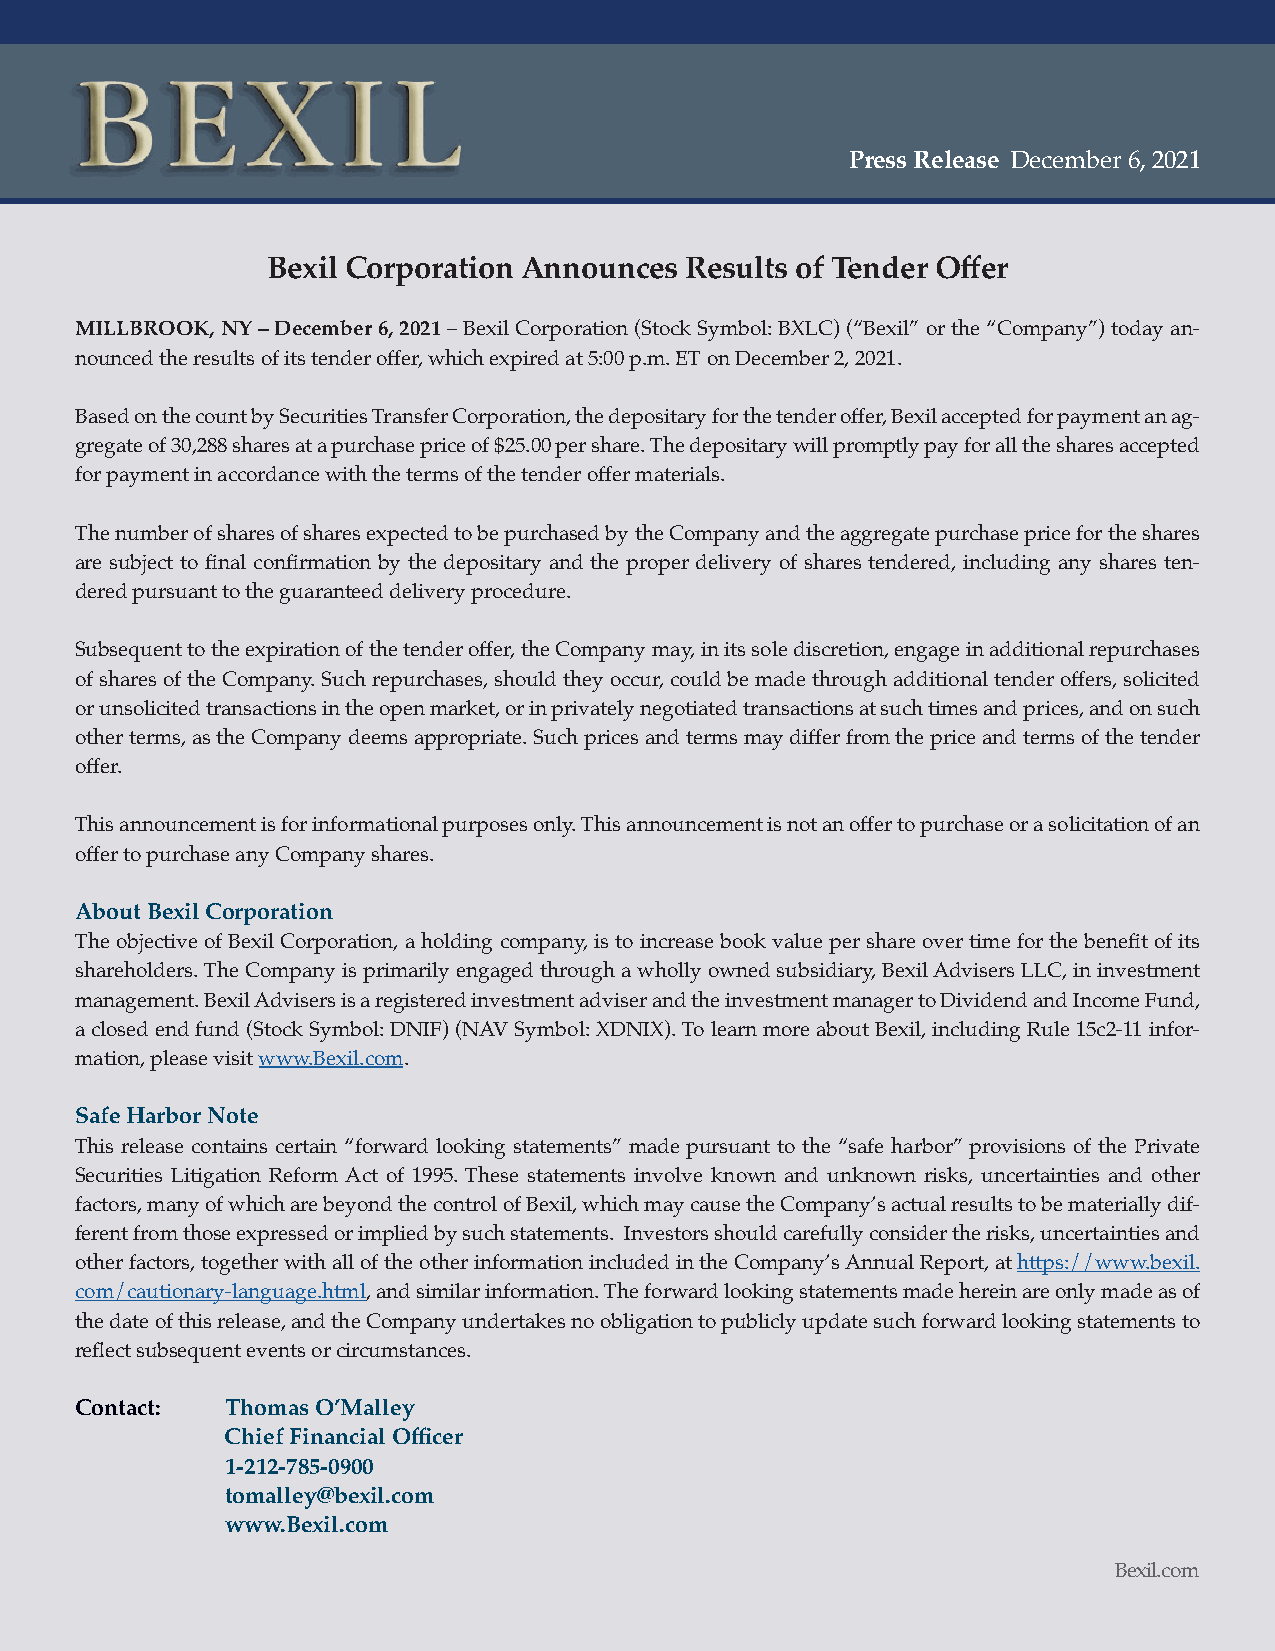
Press Release December 6, 2021
 Bexil Corporation Announces Results of Tender Offer
 MILLBROOK, NY – December 6, 2021 – Bexil Corporation (Stock Symbol: BXLC) (“Bexil” or the “Company”) today an-
 nounced the results of its tender offer, which expired at 5:00 p.m. ET on December 2, 2021.
 Based on the count by Securities Transfer Corporation, the depositary for the tender offer, Bexil accepted for payment an ag-
 gregate of 30,288 shares at a purchase price of $25.00 per share. The depositary will promptly pay for all the shares accepted
 for payment in accordance with the terms of the tender offer materials.
 The number of shares of shares expected to be purchased by the Company and the aggregate purchase price for the shares
 are subject to final confirmation by the depositary and the proper delivery of shares tendered, including any shares ten-
 dered pursuant to the guaranteed delivery procedure.
 Subsequent to the expiration of the tender offer, the Company may, in its sole discretion, engage in additional repurchases
 of shares of the Company. Such repurchases, should they occur, could be made through additional tender offers, solicited
 or unsolicited transactions in the open market, or in privately negotiated transactions at such times and prices, and on such
 other terms, as the Company deems appropriate. Such prices and terms may differ from the price and terms of the tender
 offer.
 This announcement is for informational purposes only. This announcement is not an offer to purchase or a solicitation of an
 offer to purchase any Company shares.
 About Bexil Corporation
 The objective of Bexil Corporation, a holding company, is to increase book value per share over time for the benefit of its
 shareholders. The Company is primarily engaged through a wholly owned subsidiary, Bexil Advisers LLC, in investment
 management. Bexil Advisers is a registered investment adviser and the investment manager to Dividend and Income Fund,
 a closed end fund (Stock Symbol: DNIF) (NAV Symbol: XDNIX). To learn more about Bexil, including Rule 15c2-11 infor-
 mation, please visit www.Bexil.com.
 Safe Harbor Note
 This release contains certain “forward looking statements” made pursuant to the “safe harbor” provisions of the Private
 Securities Litigation Reform Act of 1995. These statements involve known and unknown risks, uncertainties and other
 factors, many of which are beyond the control of Bexil, which may cause the Company’s actual results to be materially dif-
 ferent from those expressed or implied by such statements. Investors should carefully consider the risks, uncertainties and
 other factors, together with all of the other information included in the Company’s Annual Report, at https://www.bexil.
 com/cautionary-language.html, and similar information. The forward looking statements made herein are only made as of
 the date of this release, and the Company undertakes no obligation to publicly update such forward looking statements to
 reflect subsequent events or circumstances.
 Contact:  Thomas O’Malley
 Chief Financial Officer
 1-212-785-0900
 tomalley@bexil.com
 www.Bexil.com
 Bexil.com